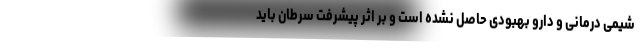
شیمی درمانی و دارو بهبودی حاصل نشده است و بر اثر پیشرفت سرطان باید